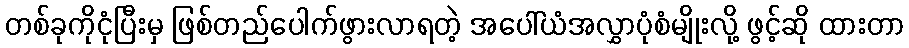
တစ်ခုကိုငုံပြီးမှ ဖြစ်တည်ပေါက်ဖွားလာရတဲ့ အပေါ်ယံအလွှာပုံစံမျိုးလို့ ဖွင့်ဆို ထားတာ